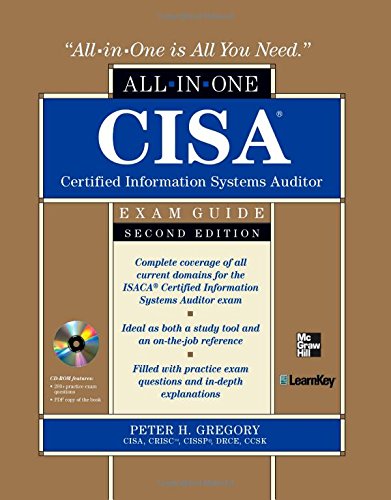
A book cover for CISA Certified Information Systems Auditor All-in-One Exam Guide, 2nd Edition; Peter Gregory; Computers & Technology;